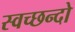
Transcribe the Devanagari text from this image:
स्वच्छन्दो